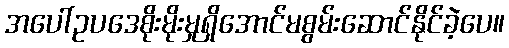
အပေါ်ဥပဒေစိုးမိုးမှုရှိအောင်မစွမ်းဆောင်နိုင်ခဲ့ပေ။